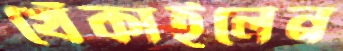
খেঁকাইলেন